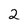
Character: 2